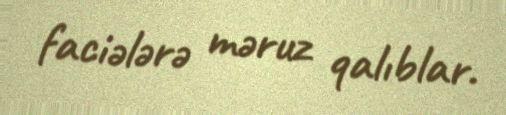
faciələrə məruz qalıblar.